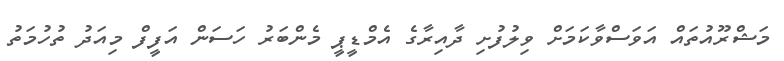
މަޝްރޫއުތައް އަވަސްވާކަމަށް ވިލުފުށި ދާއިރާގެ އެމްޑީޕީ މެންބަރު ހަސަން އަފީފް މިއަދު ތުހުމަތު